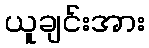
ယူချင်းအား